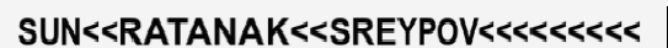
SUN<<RATANAK<<SREYPOV<<<<<<<<<